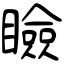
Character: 瞼